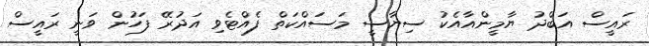
ރައީސް އަބްދު ޔާމީންއާއެކު ސިޔާސީ މަސައްކަތް ފެއްޓެވި އަދުރޭ ފަހުން ވަނީ ރައީސް